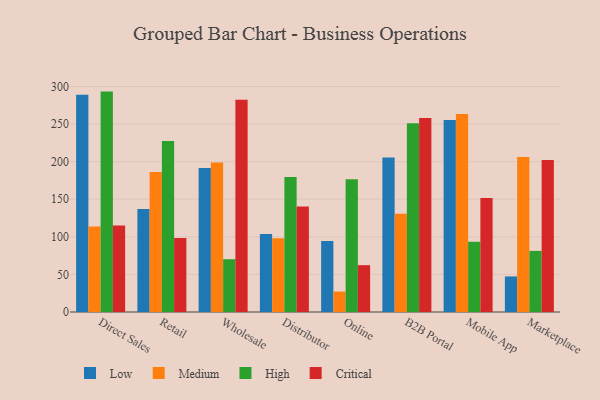
{"axis": {"x": "Channel", "y": "Production Output"}, "legend": ["Critical", "High", "Low", "Medium"], "data": [{"x": "Direct Sales", "y": 289.0, "type": "Low"}, {"x": "Direct Sales", "y": 113.9, "type": "Medium"}, {"x": "Direct Sales", "y": 293.2, "type": "High"}, {"x": "Direct Sales", "y": 115.0, "type": "Critical"}, {"x": "Retail", "y": 137.0, "type": "Low"}, {"x": "Retail", "y": 186.3, "type": "Medium"}, {"x": "Retail", "y": 227.5, "type": "High"}, {"x": "Retail", "y": 98.3, "type": "Critical"}, {"x": "Wholesale", "y": 191.7, "type": "Low"}, {"x": "Wholesale", "y": 199.0, "type": "Medium"}, {"x": "Wholesale", "y": 70.2, "type": "High"}, {"x": "Wholesale", "y": 282.2, "type": "Critical"}, {"x": "Distributor", "y": 103.7, "type": "Low"}, {"x": "Distributor", "y": 98.2, "type": "Medium"}, {"x": "Distributor", "y": 179.6, "type": "High"}, {"x": "Distributor", "y": 140.3, "type": "Critical"}, {"x": "Online", "y": 94.4, "type": "Low"}, {"x": "Online", "y": 27.2, "type": "Medium"}, {"x": "Online", "y": 176.7, "type": "High"}, {"x": "Online", "y": 62.3, "type": "Critical"}, {"x": "B2B Portal", "y": 205.6, "type": "Low"}, {"x": "B2B Portal", "y": 130.7, "type": "Medium"}, {"x": "B2B Portal", "y": 251.0, "type": "High"}, {"x": "B2B Portal", "y": 258.1, "type": "Critical"}, {"x": "Mobile App", "y": 255.5, "type": "Low"}, {"x": "Mobile App", "y": 263.3, "type": "Medium"}, {"x": "Mobile App", "y": 93.5, "type": "High"}, {"x": "Mobile App", "y": 151.6, "type": "Critical"}, {"x": "Marketplace", "y": 47.3, "type": "Low"}, {"x": "Marketplace", "y": 206.2, "type": "Medium"}, {"x": "Marketplace", "y": 81.3, "type": "High"}, {"x": "Marketplace", "y": 202.1, "type": "Critical"}]}